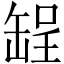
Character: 𫄺